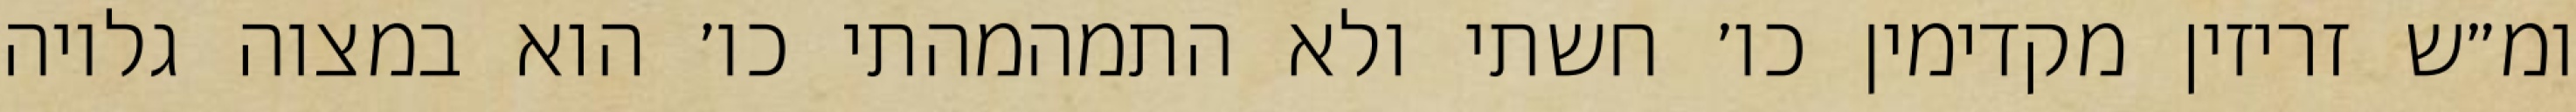
ומ״ש זריזין מקדימין כו׳ חשתי ולא התמהמהתי כו׳ הוא במצוה גלויה